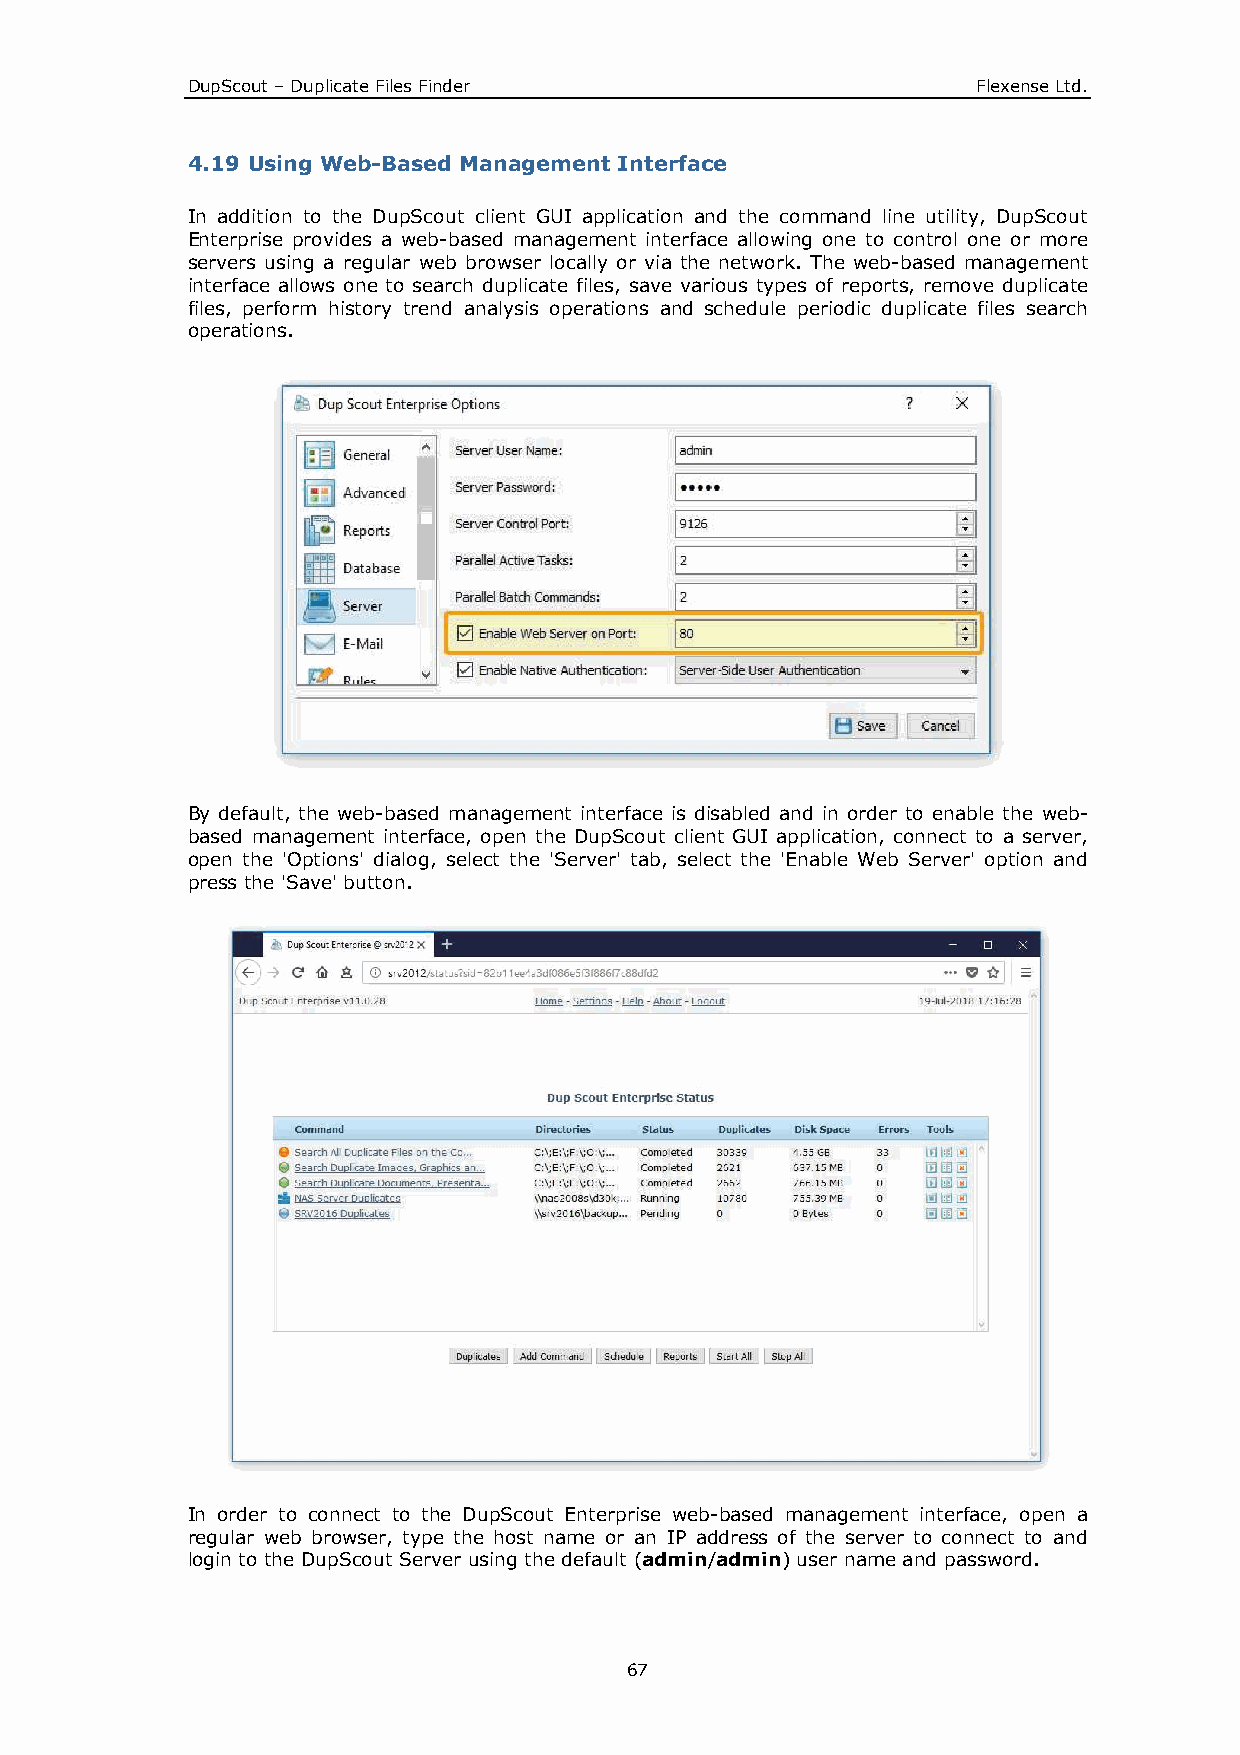
DupScout – Duplicate Files Finder                    Flexense Ltd.
 4.19 Using Web-Based Management Interface
 In addition to the DupScout client GUI application and the command line utility, DupScout
 Enterprise provides a web-based management interface allowing one to control one or more
 servers using a regular web browser locally or via the network. The web-based management
 interface allows one to search duplicate files, save various types of reports, remove duplicate
 files, perform history trend analysis operations and schedule periodic duplicate files search
 operations.
 By default, the web-based management interface is disabled and in order to enable the web-
 based management interface, open the DupScout client GUI application, connect to a server,
 open the 'Options' dialog, select the 'Server' tab, select the 'Enable Web Server' option and
 press the 'Save' button.
 In order to connect to the DupScout Enterprise web-based management interface, open a
 regular web browser, type the host name or an IP address of the server to connect to and
 login to the DupScout Server using the default (admin/admin) user name and password.
 67